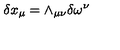
\delta x _ { \mu } = \wedge _ { \mu \nu } \delta \omega ^ { \nu }